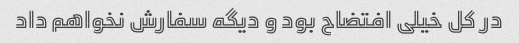
در کل خیلی افتضاح بود و دیگه سفارش نخواهم داد